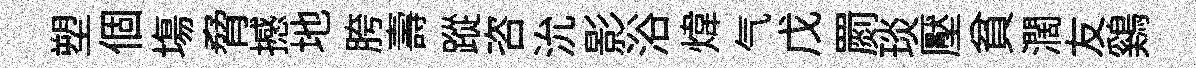
塑個塲脅撼地胯壽蹤咨沇影浴煒气戊罽琰壓貧濶友鷄